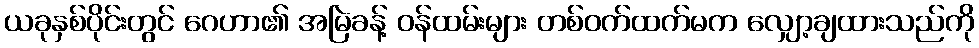
ယခုနှစ်ပိုင်းတွင် ဂေဟာ၏ အမြဲခန့် ဝန်ထမ်းများ တစ်ဝက်ထက်မက လျှော့ချထားသည်ကို